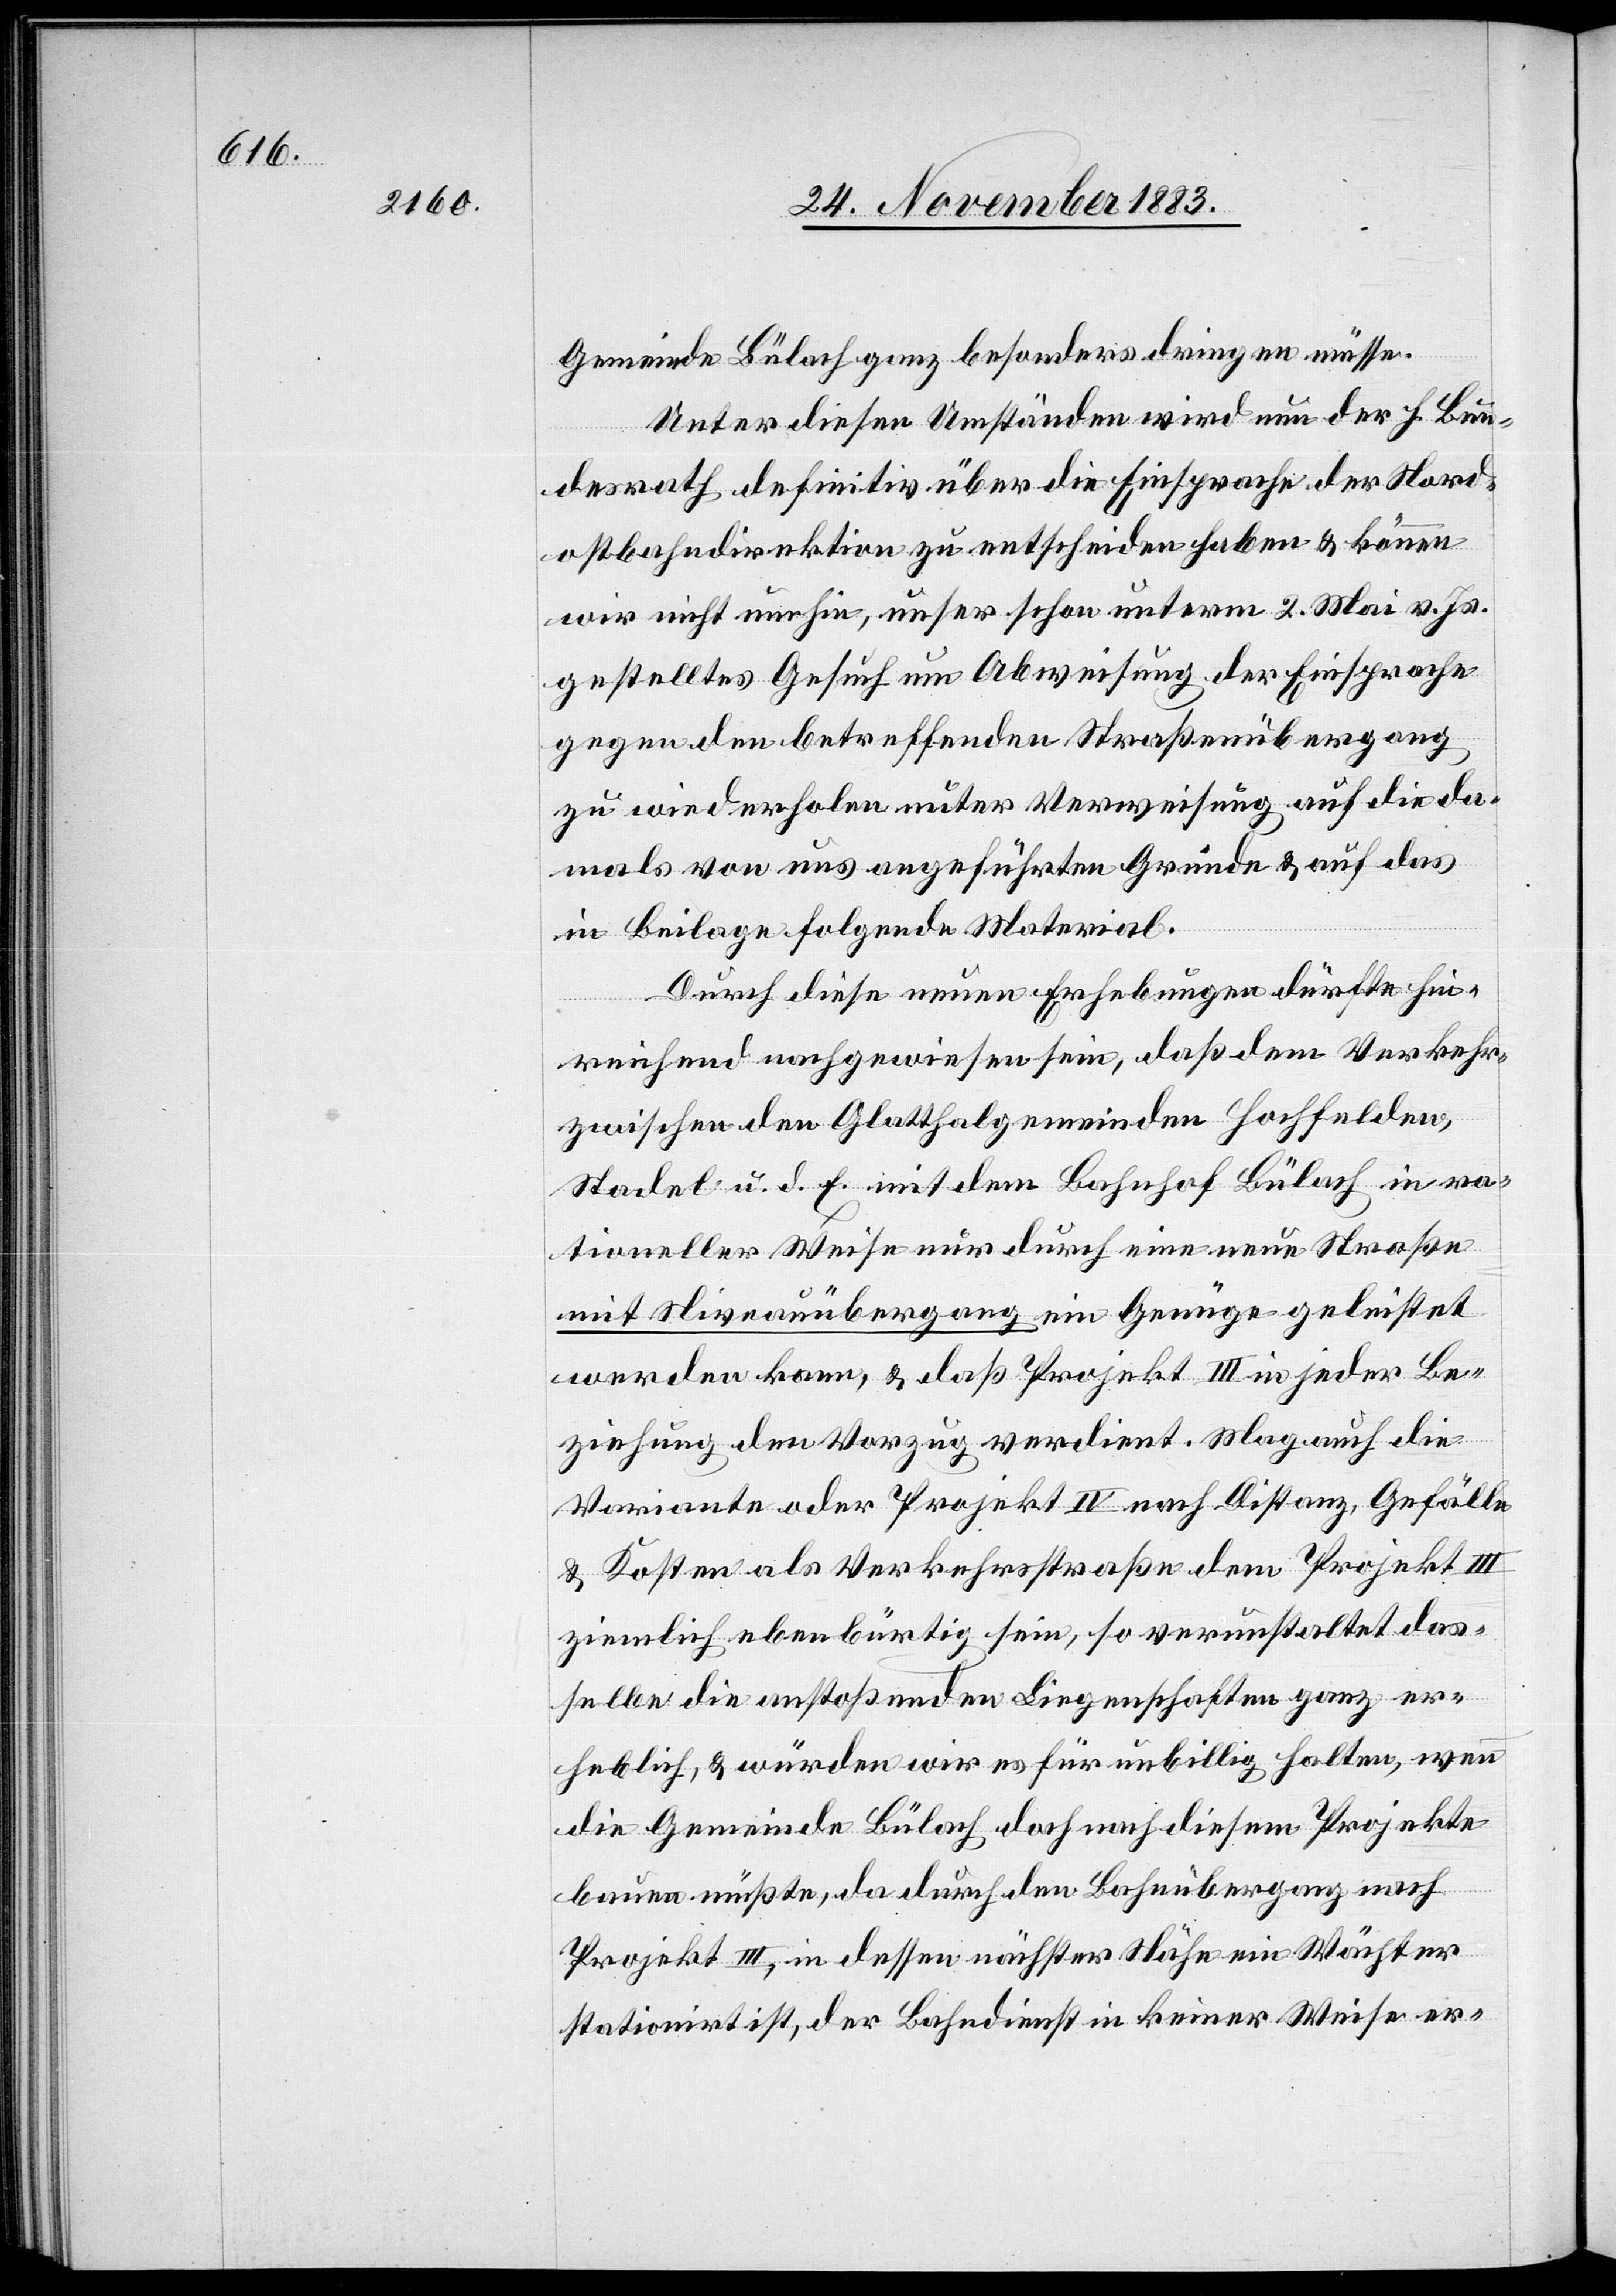
Gemeinde Bülach ganz besonders dringen müsse.
Unter diesen Umständen wird nun der h. Bun¬
desrath definitiv über die Einsprache der Nord¬
ostbahndirektion zu entscheiden haben & können
wir nicht umhin, unser schon unterm 2. Mai v. Js
gestelltes Gesuch um Abweisung der Einsprache
gegen den betreffenden Straßenübergang
zu wiederholen unter Verweisung auf die da¬
mals von uns angeführten Gründe & auf das
in Beilage folgende Material.
Durch diese neuen Erhebungen dürfte hin¬
die
reichend nachgewiesen sein, daß dem Verkehr,
zwischen den Glatthalgemeinden Hochfelden,
Stadel u. d. E. mit dem Bahnhof Bülach in ra¬
tioneller Weise nur durch eine neue Straße
mit Niveauübergang ein Genüge geleistet
Variante oder Projekt IV nach Distanz, Gefälle
& Kosten als Verkehrsstraße dem Projekt III
ziemlich ebenbürtig sein, so verunstaltet das¬
selbe die anstoßenden Liegenschaften ganz er¬
heblich, & würden wir es für unbillig halten, wenn
die Gemeinde Bülach doch nach diesem Projekte
bauen müßte, da durch den Bahnübergang nach
Projekt III, in dessen nächster Nähe ein Wächter
stationirt ist, der Bahndienst in keiner Weise er-